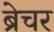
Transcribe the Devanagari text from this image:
ब्रेचर